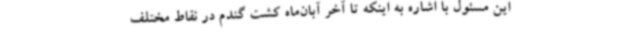
این مسئول با اشاره به اینکه تا آخر آبان‌ماه کشت گندم در نقاط مختلف